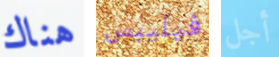
هناك فيليبس أجل